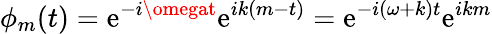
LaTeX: \phi_{m}(t)=\mathrm{e}^{-i\omegat}\mathrm{e}^{ik(m-t)}=\mathrm{e}^{-i(\omega+k)t}\mathrm{e}^{ikm}